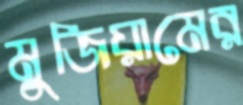
মুজিয়ামের